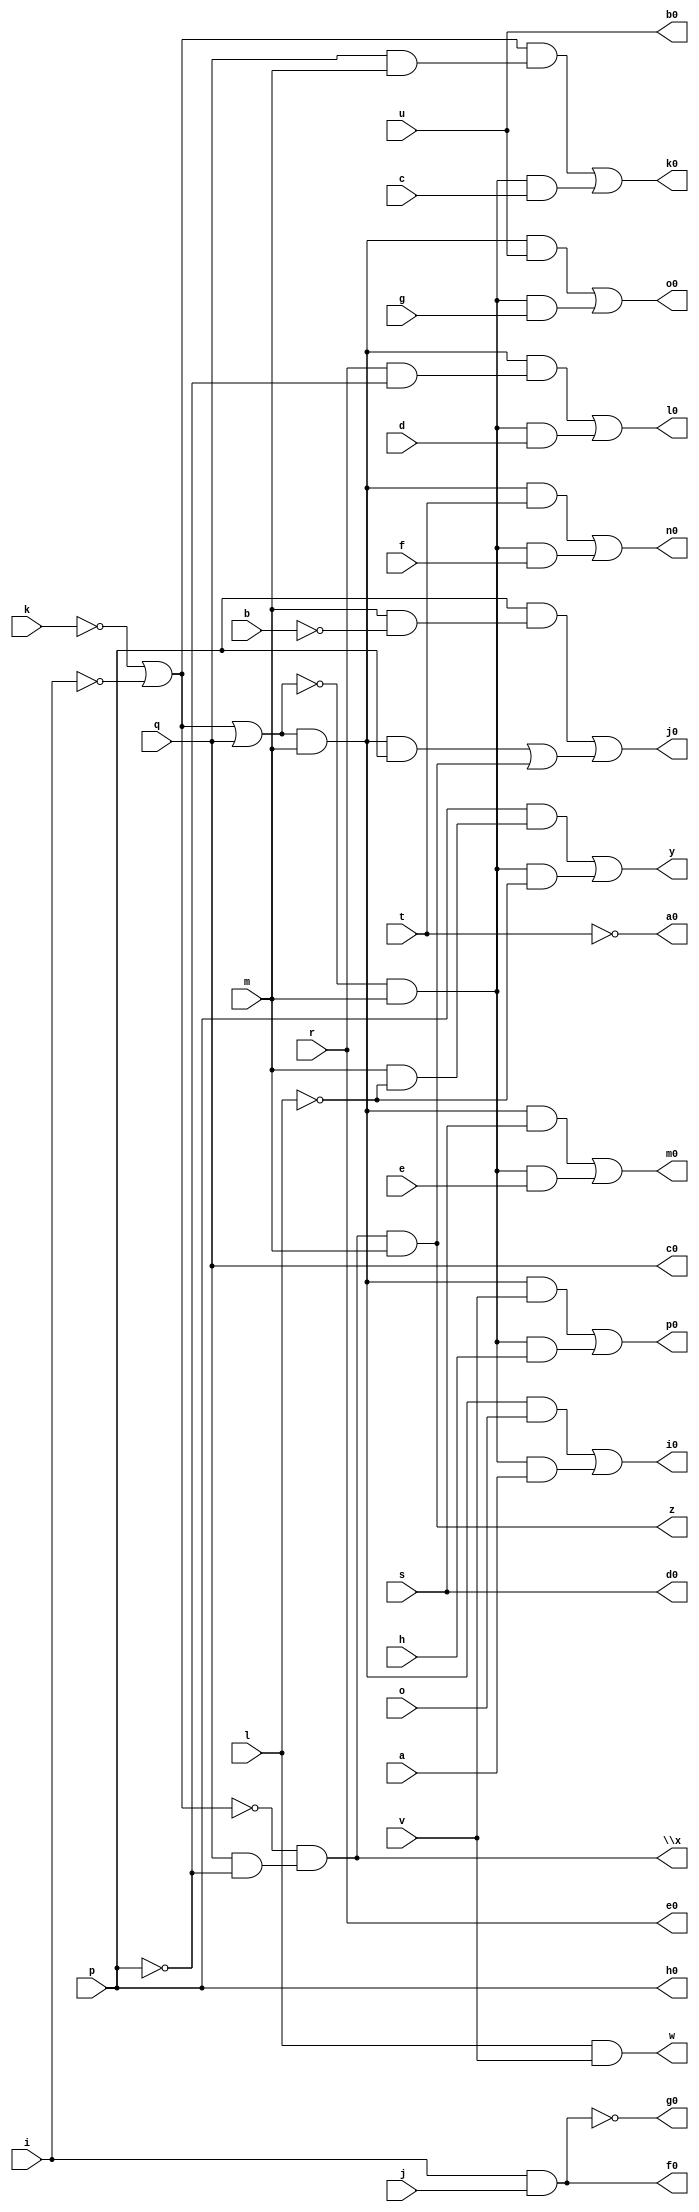
// IWLS benchmark module "cc" printed on Wed May 29 16:31:27 2002
module cc(a, b, c, d, e, f, g, h, i, j, k, l, m, o, p, q, r, s, t, u, v, w, \x , y, z, a0, b0, c0, d0, e0, f0, g0, h0, i0, j0, k0, l0, m0, n0, o0, p0);
input
  a,
  b,
  c,
  d,
  e,
  f,
  g,
  h,
  i,
  j,
  k,
  l,
  m,
  o,
  p,
  q,
  r,
  s,
  t,
  u,
  v;
output
  k0,
  l0,
  m0,
  n0,
  o0,
  p0,
  w,
  \x ,
  y,
  z,
  a0,
  b0,
  c0,
  d0,
  e0,
  f0,
  g0,
  h0,
  i0,
  j0;
wire
  \[13] ,
  l1,
  \[14] ,
  \[15] ,
  \[16] ,
  \[17] ,
  \[18] ,
  \[19] ,
  \[0] ,
  \[1] ,
  \[2] ,
  \[3] ,
  \[4] ,
  \[20] ,
  \[21] ,
  \[22] ,
  \[10] ,
  \[9] ,
  \[12] ;
assign
  k0 = \[14] ,
  \[13]  = (p & (m & ~b)) | ((\[21]  & p) | \[3] ),
  l0 = \[15] ,
  l1 = \[22]  | q,
  \[14]  = (\[22]  & (q & m)) | (\[20]  & c),
  m0 = \[16] ,
  \[15]  = (\[21]  & (r & ~p)) | (\[20]  & d),
  n0 = \[17] ,
  \[16]  = (\[21]  & s) | (\[20]  & e),
  o0 = \[18] ,
  \[17]  = (\[21]  & t) | (\[20]  & f),
  p0 = \[19] ,
  \[18]  = (\[21]  & u) | (\[20]  & g),
  \[19]  = (\[21]  & v) | (\[20]  & h),
  w = \[0] ,
  \x  = \[1] ,
  y = \[2] ,
  z = \[3] ,
  \[0]  = l & v,
  a0 = \[4] ,
  \[1]  = ~\[22]  & (q & ~p),
  b0 = u,
  \[2]  = (p & (m & ~l)) | (\[20]  & ~l),
  c0 = q,
  \[3]  = \[1]  & m,
  d0 = s,
  \[4]  = ~t,
  e0 = r,
  f0 = \[9] ,
  \[20]  = ~l1 & m,
  g0 = \[10] ,
  \[21]  = l1 & m,
  h0 = p,
  \[22]  = ~k | ~i,
  \[10]  = ~\[9] ,
  i0 = \[12] ,
  \[9]  = i & j,
  j0 = \[13] ,
  \[12]  = (\[21]  & o) | (\[20]  & a);
endmodule